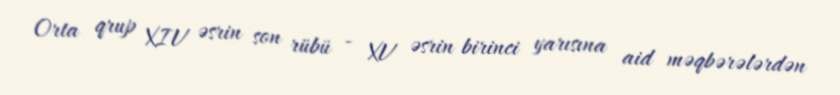
Orta qrup XIV əsrin son rübü - XV əsrin birinci yarısına aid məqbərələrdən